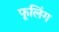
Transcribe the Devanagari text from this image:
फूलिंग